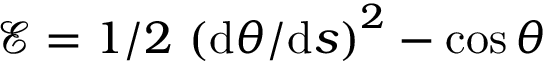
\mathcal { E } = 1 / 2 \, \left( \mathrm { d } \theta / \mathrm { d } s \right) ^ { 2 } - \cos \theta